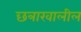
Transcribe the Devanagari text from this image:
छत्राखालील